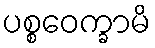
ပစ္စဝေက္ခာမိ